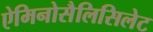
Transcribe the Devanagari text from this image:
ऐमिनोसैलिसिलेट